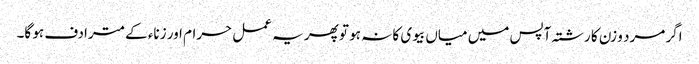
اگر مرد و زن کا رشتہ آپس میں میاں بیوی کا نہ ہو تو پھر یہ عمل حرام اور زناء کے مترادف ہو گا۔